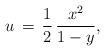
LaTeX: \begin{align*}u\,=\,\frac{1}{2}\,\frac{x^2}{1-y},\end{align*}